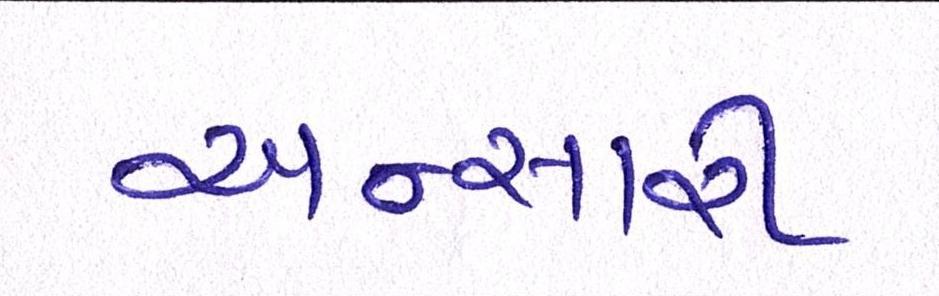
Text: અન્સારી